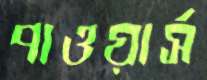
পাওয়ার্স